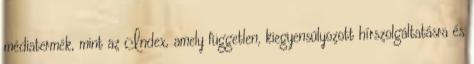
médiatermék, mint az Index, amely független, kiegyensúlyozott hírszolgáltatásra és